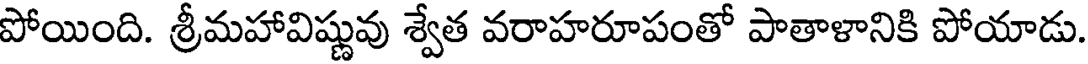
పోయింది. శ్రీమహావిష్ణువు శ్వేత వరాహరూపంతో పాతాళానికి పోయాడు.